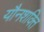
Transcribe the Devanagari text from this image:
यौनशक्ति